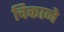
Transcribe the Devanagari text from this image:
चिकाने